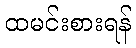
ထမင်းစားရန်